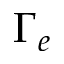
\Gamma _ { e }